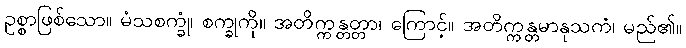
ဥစ္စာဖြစ်သော။ မံသစက္ခုံ၊ စက္ခုကို။ အတိက္ကန္တတ္တာ၊ ကြောင့်။ အတိက္ကန္တမာနုသကံ၊ မည်၏။